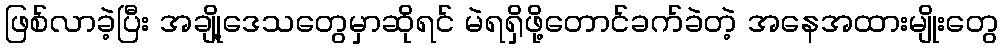
ဖြစ်လာခဲ့ပြီး အချို့ဒေသတွေမှာဆိုရင် မဲရရှိဖို့တောင်ခက်ခဲတဲ့ အနေအထားမျိုးတွေ